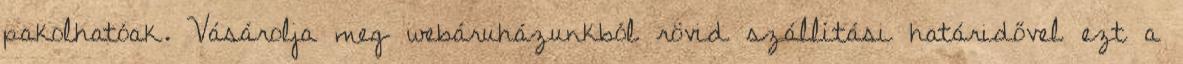
pakolhatóak. Vásárolja meg webáruházunkból rövid szállítási határidővel ezt a